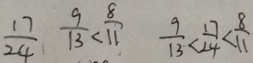
\frac { 1 7 } { 2 4 } \frac { 9 } { 1 3 } < \frac { 8 } { 1 1 } \frac { 9 } { 1 3 } < \frac { 1 7 } { 2 4 } < \frac { 8 } { 1 1 }